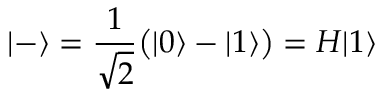
| - \rangle = { \frac { 1 } { \sqrt { 2 } } } { \big ( } | 0 \rangle - | 1 \rangle { \big ) } = H | 1 \rangle